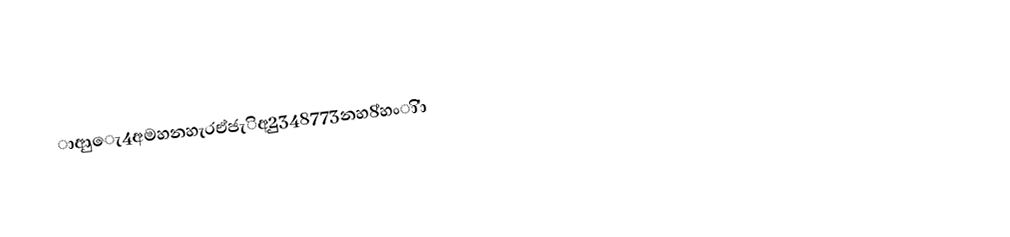
ාආු‌ෙැ4අමහනහැරඒජැිඅ2ුු348773නහ8්හංා'ිා